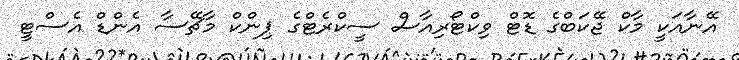
އޭނާއަކީ މާކް ޖޭކަބްގެ ޑޮޓް ވިކްޓޯރިއާސް ސީކްރެޓްގެ ޕިންކް މާޗޭސާ އެންޑް އެސްޓީ